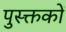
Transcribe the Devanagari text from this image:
पुस्क्तकों